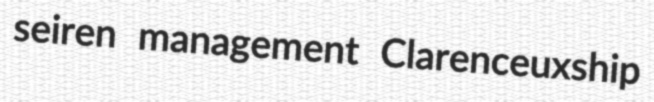
seiren management Clarenceuxship